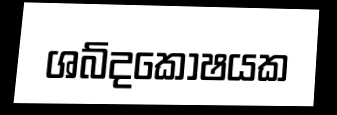
ශබ්දකෝෂයක